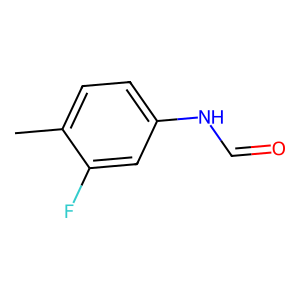
SMILES: Cc1ccc(NC=O)cc1F
Inhibits HIV replication: No